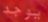
يوجد